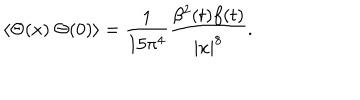
\langle \Theta ( x ) ~ \Theta ( 0 ) \rangle = \frac { 1 } { 1 5 \pi ^ { 4 } } \frac { \beta ^ { 2 } ( t ) f ( t ) } { | x | ^ { 8 } } .